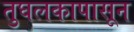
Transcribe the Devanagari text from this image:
तुघलकापासून